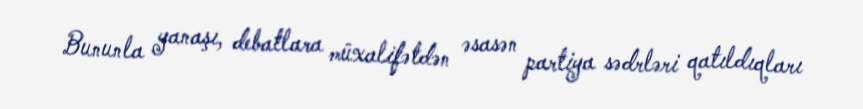
Bununla yanaşı, debatlara müxalifətdən əsasən partiya sədrləri qatıldıqları